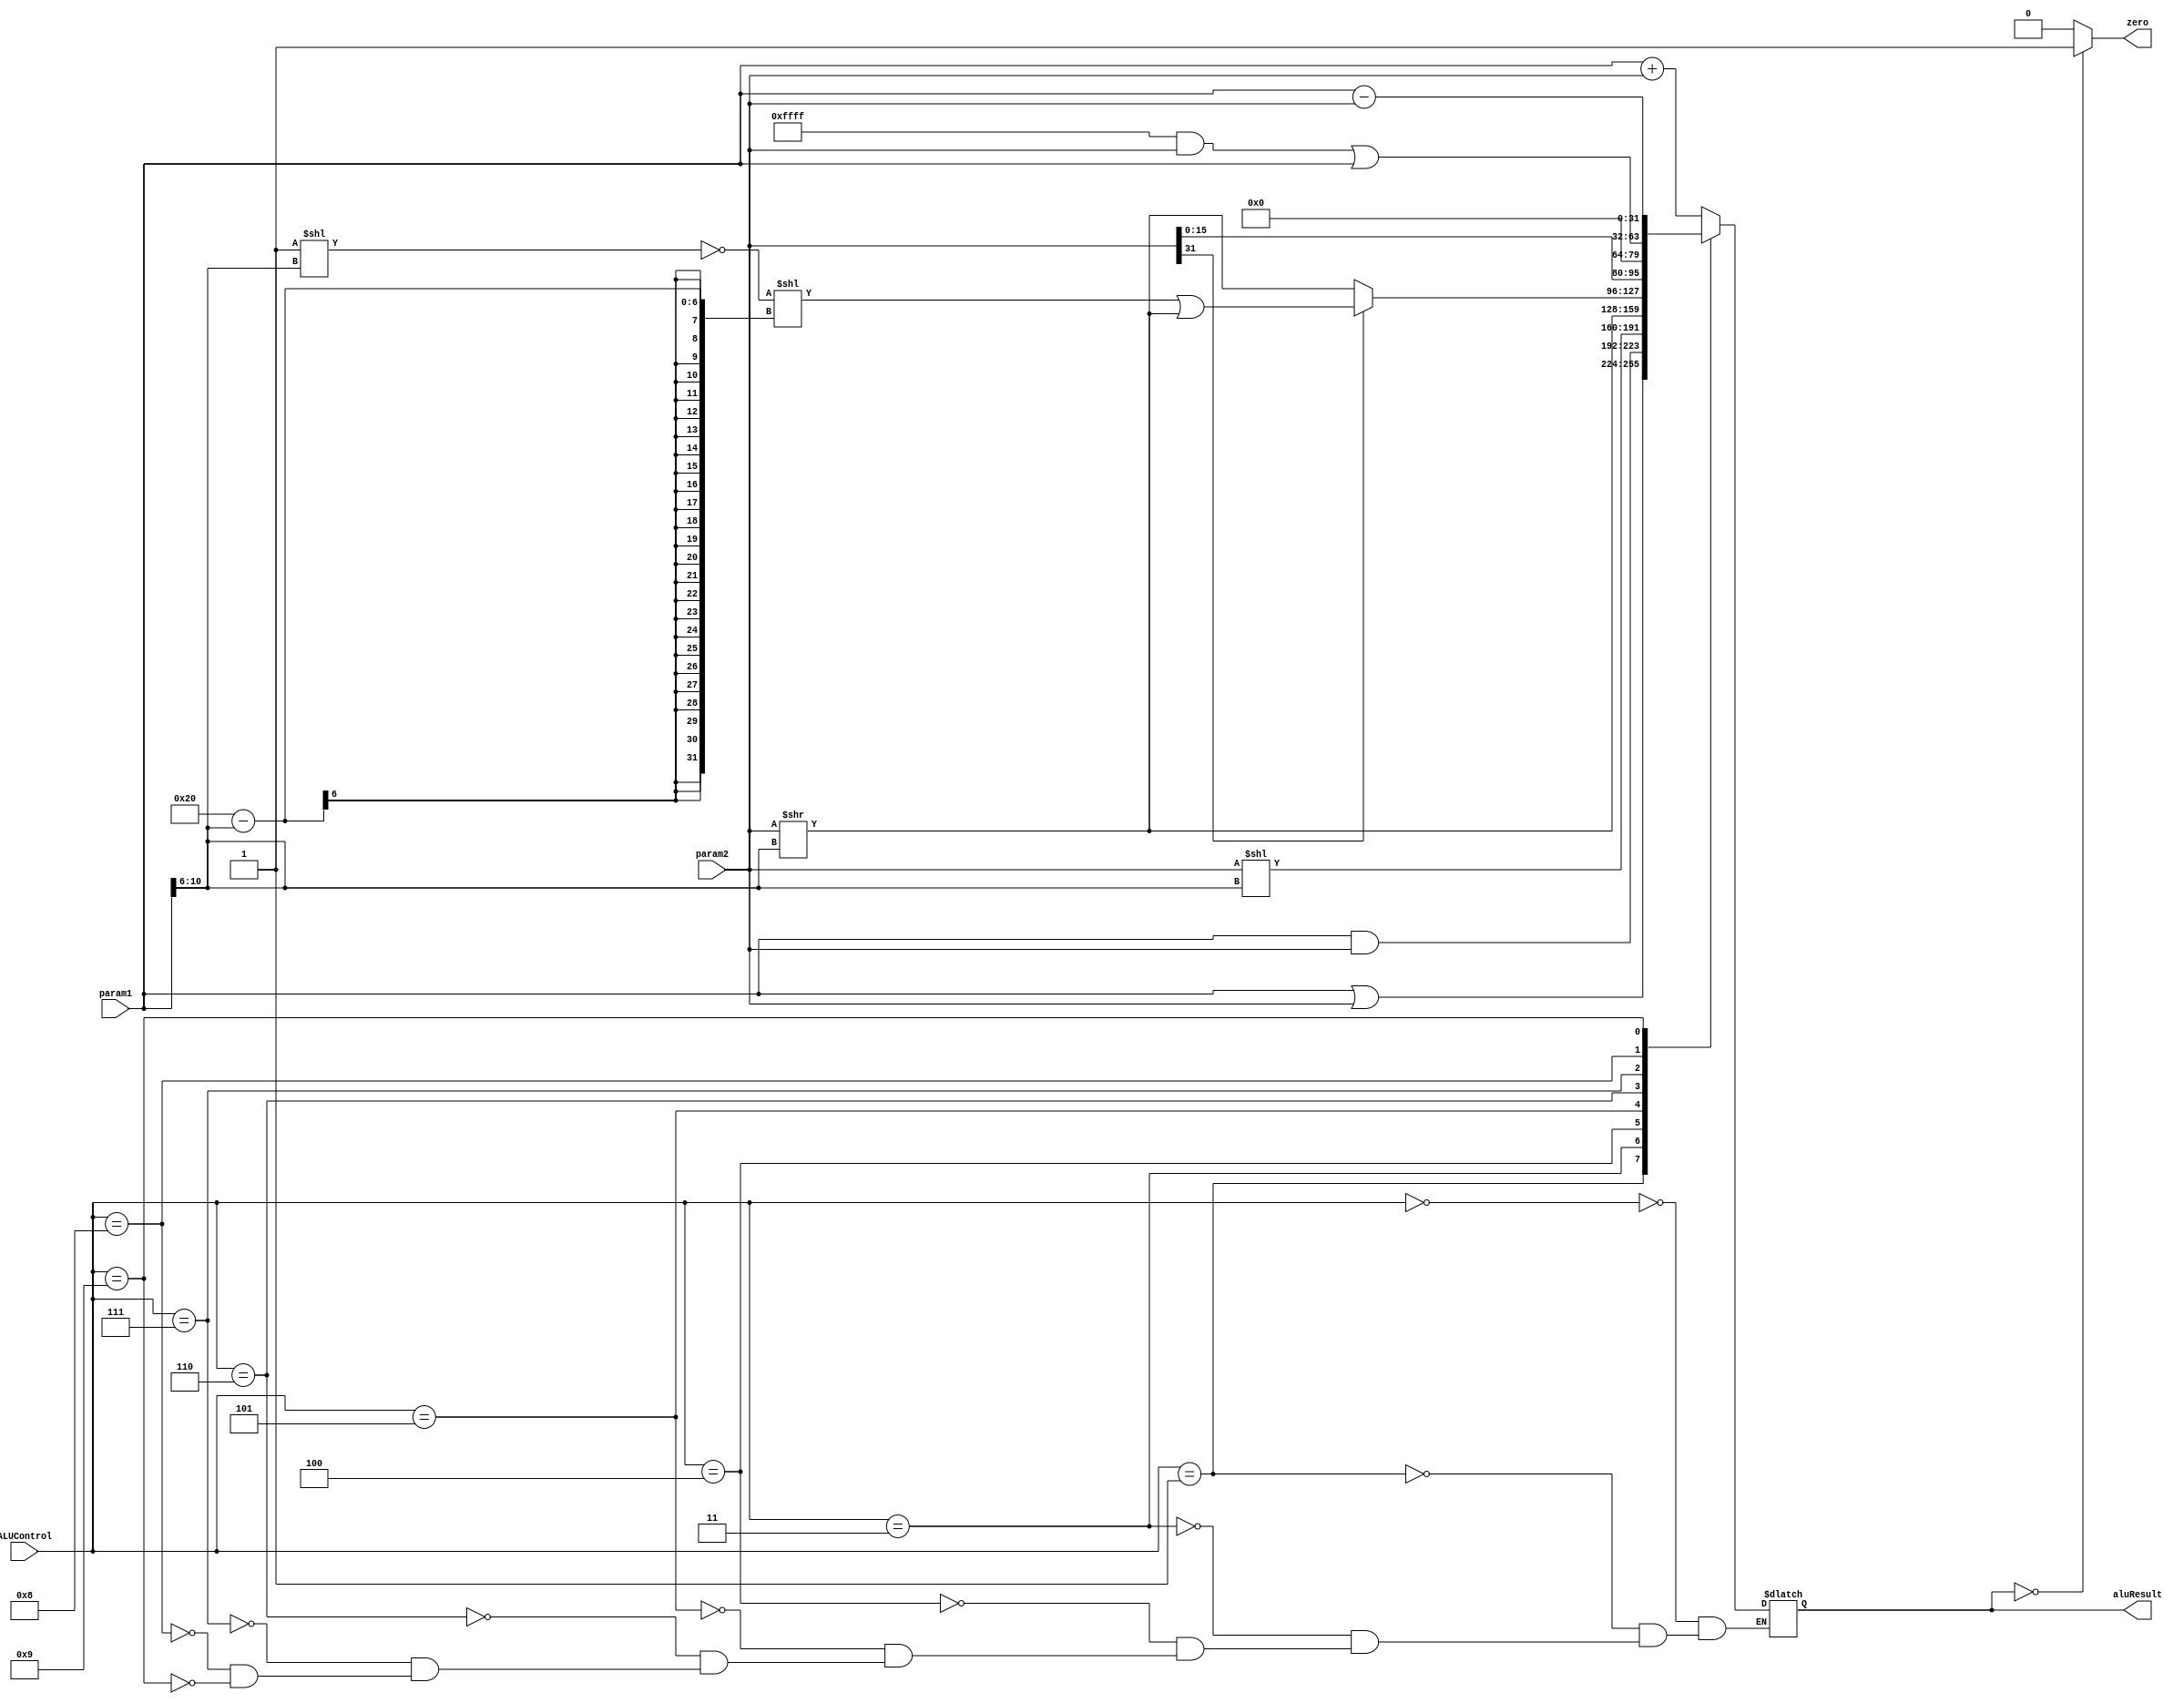
module alu #(parameter WIDTH = 32) (
    input [WIDTH-1:0] param1, param2,
    input [4:0] ALUControl,
    output zero,
    output reg [WIDTH-1:0] aluResult
    );

    // ALUOP
    parameter SUM  = 5'b00000;
    parameter OR   = 5'b00001;
    parameter AND  = 5'b00011;
    parameter SL   = 5'b00100;
    parameter SRL  = 5'b00101;
    parameter SRA  = 5'b00110;
    parameter LUI  = 5'b00111;
    parameter ORI  = 5'b01000; // param2 is 16-bits, needs zero-extend.
    parameter SUB  = 5'b01001;


    assign zero = (aluResult == 32'b0) ? 1'b1 : 1'b0;

    always @ ( * ) begin
        case (ALUControl)
            SUM: aluResult <= param1 + param2;
            OR: aluResult  <= param1 | param2;
            AND: aluResult <= param1 & param2;
            SL: aluResult  <= (param2 << param1[10:6]);
            SRL: aluResult <= (param2 >> param1[10:6]);
            SRA: aluResult <= (param2[31] == 0) ? (param2 >> param1[10:6]) : ((~(1<<param1[10:6])<<(32-param1[10:6])) | (param2>>param1[10:6]));
            LUI: aluResult <= (param2 << 16);
            ORI: aluResult <= (32'h0000ffff & param2) | param1;
            SUB: aluResult <= param1 - param2;
        endcase
    end

    // always @ ( * ) begin
    //     $display("[alu] time: %h, src1: %h, src2: %h, alucontrol: %h, aluResult: %h", $time, param1, param2, ALUControl, aluResult);
    // end

endmodule // alu